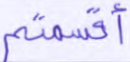
أقسمتم